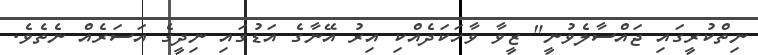
ނިތްކުރީގައި ޖައްސާލެވުނީ" ޒީވާ ވާހަކަދެއްކި އިރު އޭނާގެ އަޑުގައި ނިދީގެ އަސަރެއް ނެތެވެ.